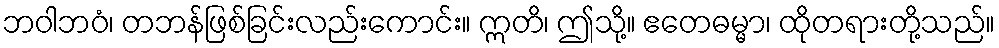
ဘဝါဘဝံ၊ တဘန်ဖြစ်ခြင်းလည်းကောင်း။ ဣတိ၊ ဤသို့။ ဧတေဓမ္မာ၊ ထိုတရားတို့သည်။